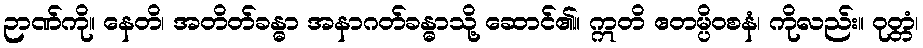
ဉာဏ်ကို။ နေတိ၊ အတိတ်ခန္ဓာ အနာဂတ်ခန္ဓာသို့ ဆောင်၏။ ဣတိ ဧတမ္ပိဝစနံ၊ ကိုလည်း။ ဝုတ္တံ၊